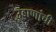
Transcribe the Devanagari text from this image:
उड्डाणांची